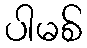
ပါမစ်